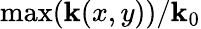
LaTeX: \operatorname*{max}(\mathbf{k}(x,y))/\mathbf{k}_{0}